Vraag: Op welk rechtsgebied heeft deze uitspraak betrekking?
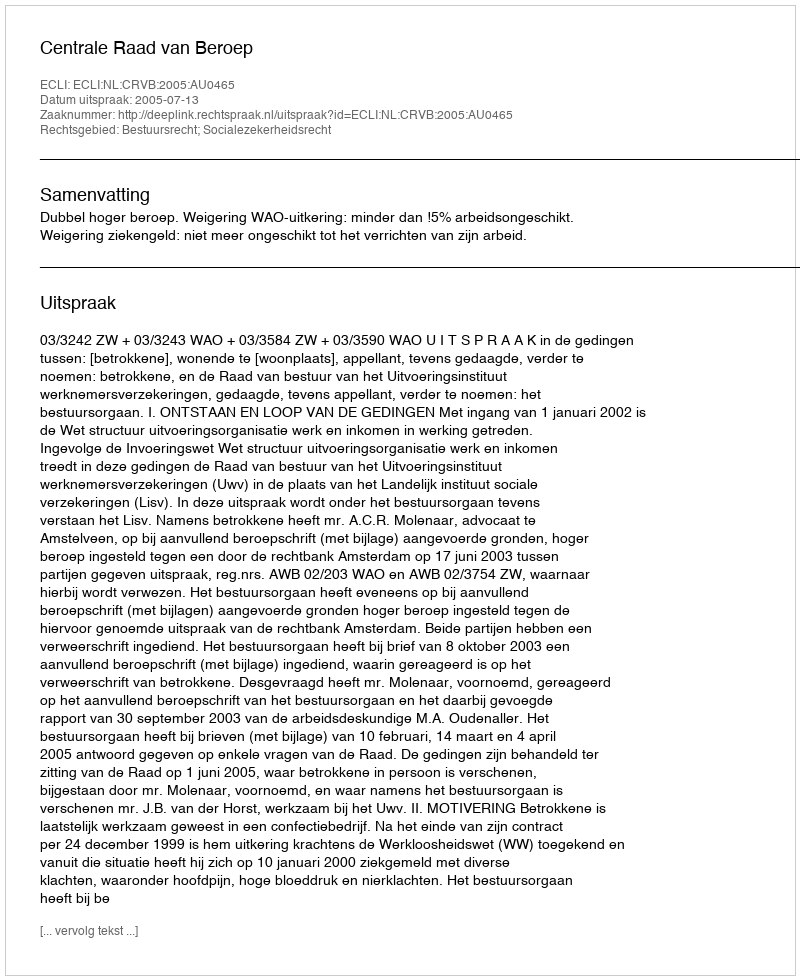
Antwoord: Bestuursrecht; Socialezekerheidsrecht